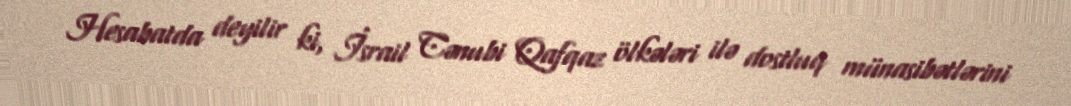
Hesabatda deyilir ki, İsrail Cənubi Qafqaz ölkələri ilə dostluq münasibətlərini